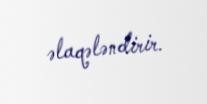
əlaqələndirir.